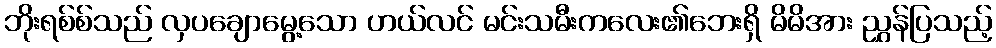
ဘိုးရစ်စ်သည် လှပချောမွေ့သော ဟယ်လင် မင်းသမီးကလေး၏ဘေးရှိ မိမိအား ညွှန်ပြသည့်